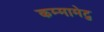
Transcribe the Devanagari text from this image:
कम्‍मामेटु